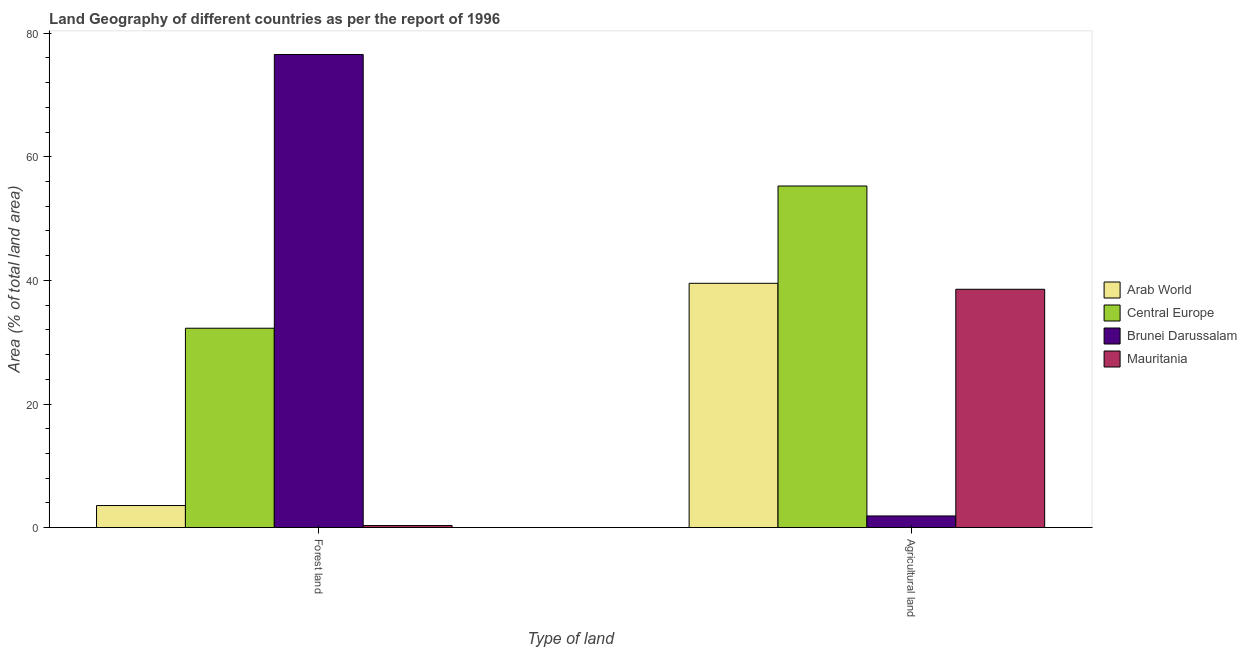
| Type of land | Arab World | Central Europe | Brunei Darussalam | Mauritania |
 | --- | --- | --- | --- | --- |
 | Forest land | 3.58 | 32.3 | 76.5 | 0.346 |
 | Agricultural land | 39.5 | 55.3 | 1.9 | 38.6 |